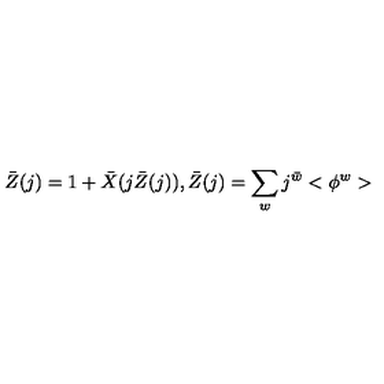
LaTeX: \bar { Z } ( j ) = 1 + \bar { X } ( j \bar { Z } ( j ) ) , \bar { Z } ( j ) = \sum _ { w } j ^ { \bar { w } } < \phi ^ { w } >